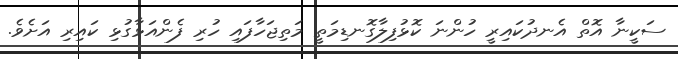
ސަކީނާ އޮތް އެނދުކައިރީ ހުންނަ ކޮޅުފިލާގޮނޑިމަތީ މަތިޖަހާފައި ހުރި ފެންއަޅާގުޅި ކައިރި އަށެވެ.